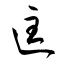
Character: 匡